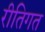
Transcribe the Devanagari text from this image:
रीतिगत